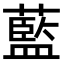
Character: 藍